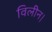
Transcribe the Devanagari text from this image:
विलीन।